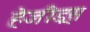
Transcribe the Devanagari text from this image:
हेजीड्रस